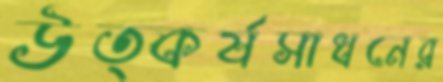
উত্কর্ষসাধনের